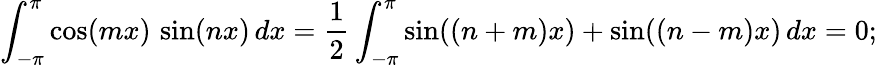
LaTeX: \int_{-\pi}^{\pi}\cos(mx)\, \sin(nx)\, dx={\frac{1}{2}}\int_{-\pi}^{\pi}\sin((n+m)x)+\sin((n-m)x)\, dx=0;